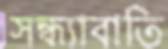
সন্ধ্যাবাতি